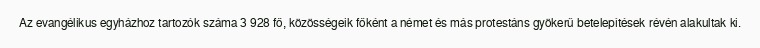
Az evangélikus egyházhoz tartozók száma 3 928 fő, közösségeik főként a német és más protestáns gyökerű betelepítések révén alakultak ki.